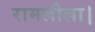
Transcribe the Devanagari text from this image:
रामलीला।